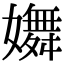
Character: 𡣆